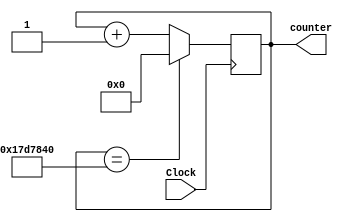
module freq_counter_half_sec(Clock, counter);
//50MHz frequency
input Clock;

//2^(26) = 67,108,864
//need enough space to count to 50_000_000 clock cycles so counter will be 26 bits
//output reg [25:0] counter;

//we are going from 1 second interval to 0.01 of a second, therefore 50_000_000 / 0.5 = 25_000_000 clock cycle
//2^(25) = 33,554,432
//need enough space to count to 500_000 clock cycles so counter will be 19 bits
output reg [24:0] counter;

always@(posedge Clock) begin
	if(counter == 25_000_000)
		counter = 0;
	else
		counter = counter + 1;
end

endmodule